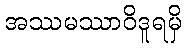
အဿမဿာဝိဒူရမှိ